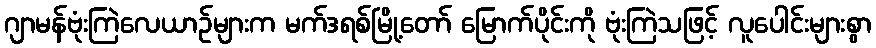
ဂျာမန်ဗုံးကြဲလေယာဉ်များက မက်ဒရစ်မြို့တော် မြောက်ပိုင်းကို ဗုံးကြဲသဖြင့် လူပေါင်းများစွာ